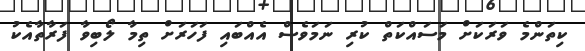
ކިތަންމެ ވަރަކަށް މަސައްކަތް ކުރި ނަމަވެސް އެއްބައި ފަހަރަށް ތިމާ ލޯބިވާ ފަރާތާއެކު